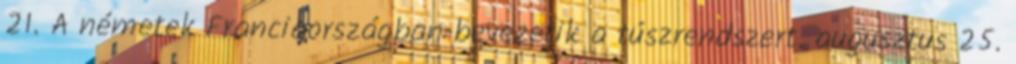
21. A németek Franciaországban bevezetik a túszrendszert. augusztus 25.